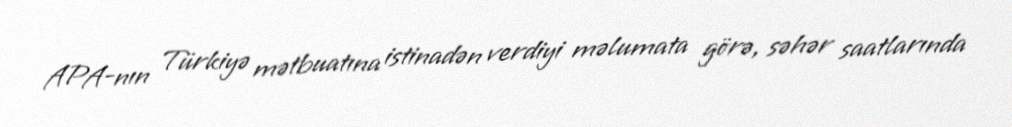
APA-nın Türkiyə mətbuatına istinadən verdiyi məlumata görə, səhər saatlarında